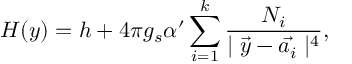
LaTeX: H ( y ) = h + 4 \pi g _ { s } \alpha ^ { \prime } \sum _ { i = 1 } ^ { k } \frac { N _ { i } } { \mid \vec { y } - \vec { a _ { i } } \mid ^ { 4 } } ,